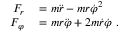
\begin{array} { r l } { F _ { r } } & { { } = m { \ddot { r } } - m r { \dot { \varphi } } ^ { 2 } } \\ { F _ { \varphi } } & { { } = m r { \ddot { \varphi } } + 2 m { \dot { r } } { \dot { \varphi } } \ . } \end{array}